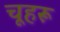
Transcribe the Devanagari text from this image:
चूहरू